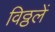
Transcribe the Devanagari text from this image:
विठ्ठलें